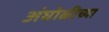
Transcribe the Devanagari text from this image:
अंघोळीच्या